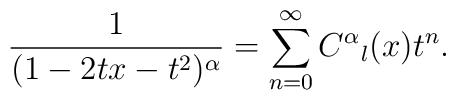
\frac{1}{(1-2tx-t^2)^{\alpha}}=\sum_{n=0}^{\infty}C^{\alpha}{}_l(x)t^n.